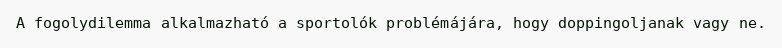
A fogolydilemma alkalmazható a sportolók problémájára, hogy doppingoljanak vagy ne.